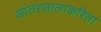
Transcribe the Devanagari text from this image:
आंतरजालाकरिता